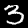
Label: 3